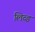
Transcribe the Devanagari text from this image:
लिव्ड